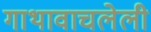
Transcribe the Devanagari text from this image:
गाथावाचलेली